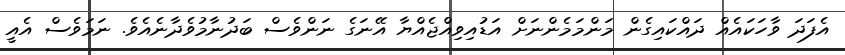
އެފަދަ ވާހަކައެއް ދައްކައިގެން މަންމަމެންނަށް އަޑުއިވިއްޖެއްޔާ އޭނަގެ ނަންވެސް ބަދުނާމުވެދާނެއެވެ. ނަމަވެސް އެއީ